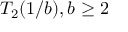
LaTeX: T _ { 2 } ( 1 / b ) , b \geq 2